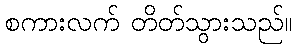
စကားလက် တိတ်သွားသည်။